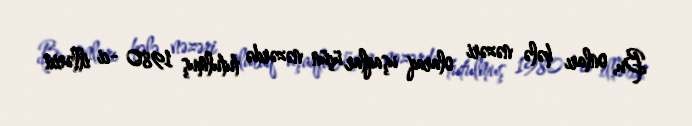
Bu, onları hələ nəzəri olaraq uşaqlar üçün nəzərdə tutulmuş 1980 -ci illərin